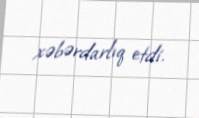
xəbərdarlıq etdi.